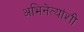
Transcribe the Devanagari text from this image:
अभिनेत्यांशी